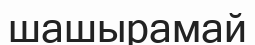
шашырамай